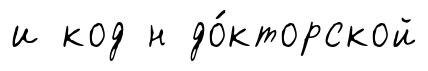
и код н до́кторской